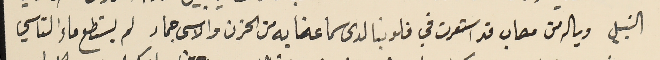
النبيل ويا له من مصاب قد استعرت في قلوبنا لدى سماعنا به من الحزن والاسى جماد لم يسطع ماءَ التاسي